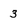
Character: 3